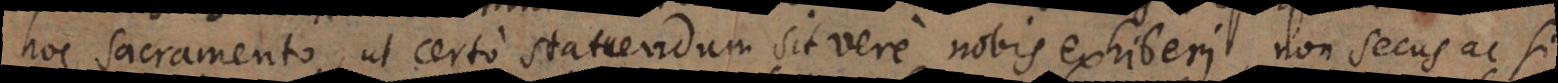
hoc sacramento, ut certo statuendum sit vere nobis exhiberi, non secus ac s